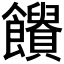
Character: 𩟱